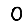
Digit: 0